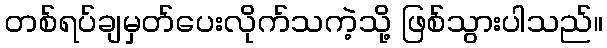
တစ်ရပ်ချမှတ်ပေးလိုက်သကဲ့သို့ ဖြစ်သွားပါသည်။